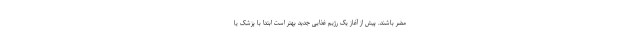
مضر باشند. پیش از آغاز یک رژیم غذایی جدید بهتر است ابتدا با پزشک یا